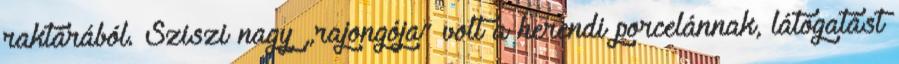
raktárából. Sziszi nagy „rajongója” volt a herendi porcelánnak, látogatást